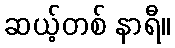
ဆယ့်တစ် နာရီ။